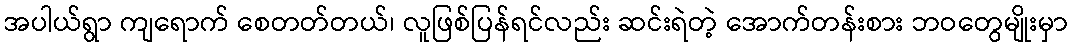
အပါယ်ရွာ ကျရောက် စေတတ်တယ်၊ လူဖြစ်ပြန်ရင်လည်း ဆင်းရဲတဲ့ အောက်တန်းစား ဘဝတွေမျိုးမှာ